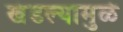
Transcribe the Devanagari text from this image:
खंडल्यामुळे